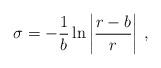
LaTeX: \begin{align*}\sigma=-\frac{1}{b}\ln\left|\frac{r-b}{r}\right| \,,\end{align*}